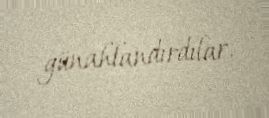
günahlandırdılar.